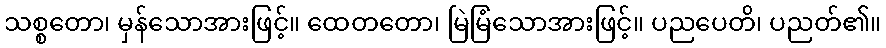
သစ္စတော၊ မှန်သောအားဖြင့်။ ထေတတော၊ မြဲမြံသောအားဖြင့်။ ပညပေတိ၊ ပညတ်၏။